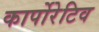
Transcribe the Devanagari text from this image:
कार्पोरेटिव